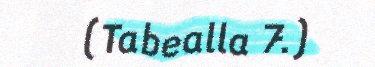
(Tabealla 7.)